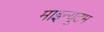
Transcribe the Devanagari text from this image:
माइन्यूटम